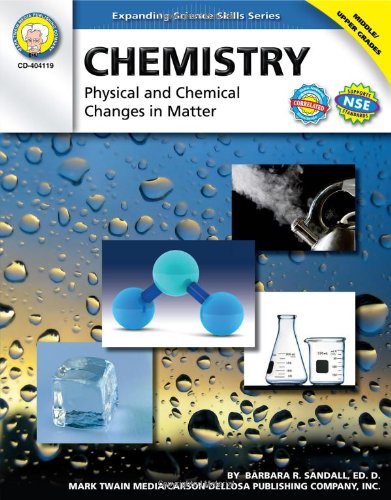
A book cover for Chemistry, Grades 6 - 12: Physical and Chemical Changes in Matter (Expanding Science Skills Series); Barbara R. Sandall Ed.D.; Children's Books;